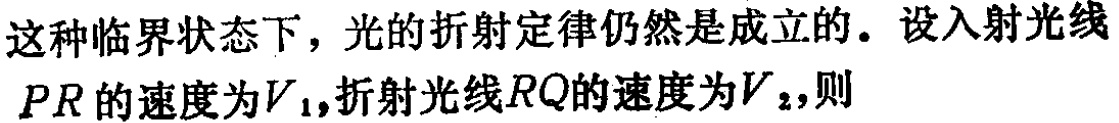
这种临界状态下，光的折射定律仍然是成立的。设入射光线$PR$的速度为$V_{1}$,折射光线$RQ$的速度为$V_{2}$,则